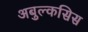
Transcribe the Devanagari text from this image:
अबुल्कसिस